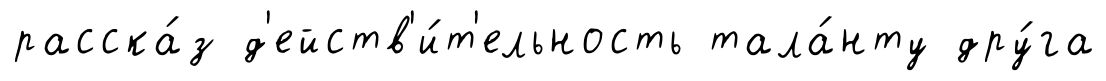
расска́з д'ейств'и́т'ельность тала́нту дру́га